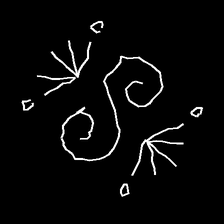
Glyph: aeroform